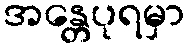
အန္တေပုရမှာ